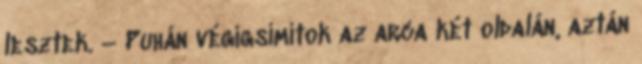
lesztek. – Puhán végigsimítok az arca két oldalán, aztán